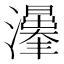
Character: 𱪀